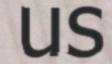
us